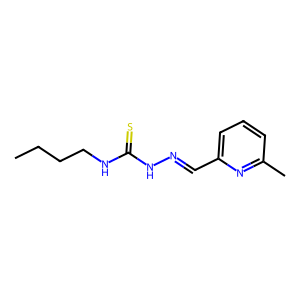
SMILES: CCCCNC(=S)NN=Cc1cccc(C)n1
Inhibits HIV replication: No